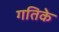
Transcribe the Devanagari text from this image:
गतिके